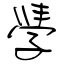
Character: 學